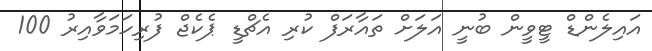
އައިލެންޑް ޓީވީން ބުނީ އަލަށް ތައާރަފް ކުރި އެޗްޑީ ޕެކެޖް ފުރިހަމަވާއިރު 100